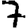
Digit: 7